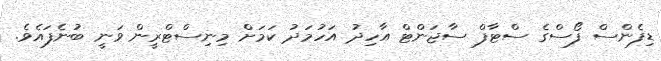
ޑިފެންސް ފޯސްގެ ސްޓާފް ސާޖަންޓް އާހިދު އަހުމަދު ކަމަށް މިނިސްޓްރީން ވަނީ ބުނެފައެވެ.